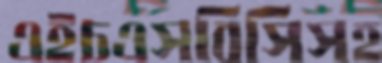
এইচএসবিসিসহ